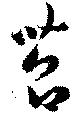
苕